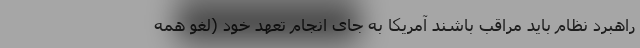
راهبرد نظام باید مراقب باشند آمریکا به جای انجام تعهد خود (لغو همه